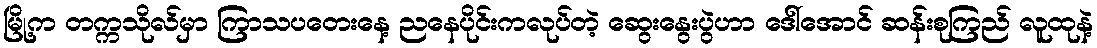
မြို့က တက္ကသိုလ်မှာ ကြာသပတေးနေ့ ညနေပိုင်းကလုပ်တဲ့ ဆွေးနွေးပွဲဟာ ဒေါ်အောင် ဆန်းစုကြည် လူထုနဲ့